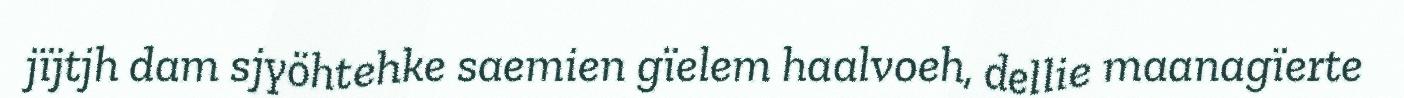
jïjtjh dam sjyöhtehke saemien gïelem haalvoeh, dellie maanagïerte